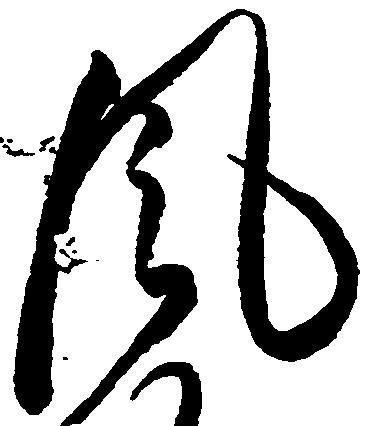
風